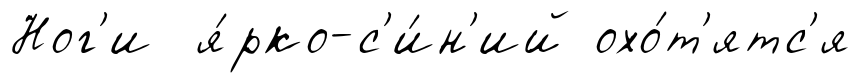
Ног'и я́рко-с'и́н'ий охо́т'ятс'я